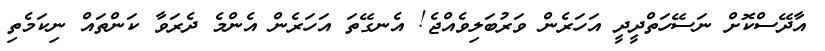
އާދޭސްކޮށް ނަސޭހަތްދީދީ އަހަރެން ވަރުބަލިވެއްޖެ! އެނގޭތަ އަހަރެން އެންމެ ދެރަވާ ކަންތައް ނިކަމެތި